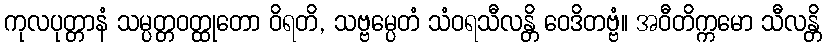
ကုလပုတ္တာနံ သမ္ပတ္တဝတ္ထုတော ဝိရတိ, သဗ္ဗမ္ပေတံ သံဝရသီလန္တိ ဝေဒိတဗ္ဗံ။ အဝီတိက္ကမော သီလန္တိ